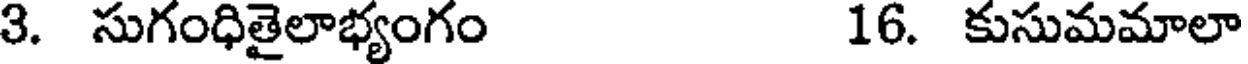
3. సుగంధితైలాభ్యంగం 16. కుసుమమాలా